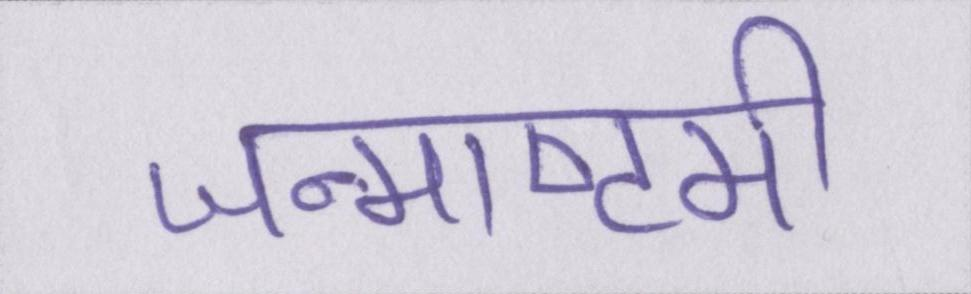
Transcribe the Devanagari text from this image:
जन्माष्टमी